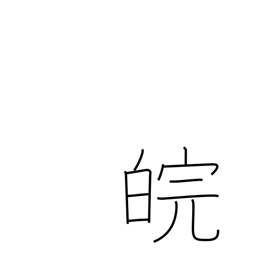
Meaning: Venus